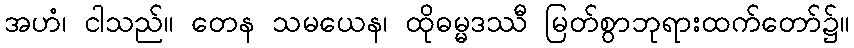
အဟံ၊ ငါသည်။ တေန သမယေန၊ ထိုဓမ္မဒဿီ မြတ်စွာဘုရားထက်တော်၌။